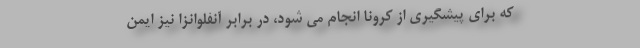
که برای پیشگیری از کرونا انجام می شود، در برابر آنفلوانزا نیز ایمن